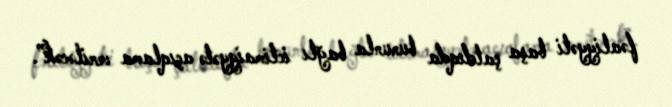
fəaliyyəti başa çatdıqda bununla bağlı ictimaiyyətə açıqlama veriləcək”.